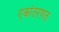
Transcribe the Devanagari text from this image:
एकांतरणत